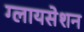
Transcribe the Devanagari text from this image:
ग्लायसेशन